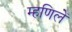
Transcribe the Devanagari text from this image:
म्हणिलें